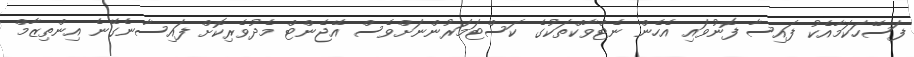
ފަސޭހަކަމާއެކު ފައިސާ ފޮނުވައި އެހެން ނެޓްވާކްތަކުގެ ކަސްޓަމަރުންނަށްވެސް އޭޖެންޓް މެދުވެރިކޮށް ފައިސާނެގޭނެ އިންތިޒާމް